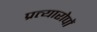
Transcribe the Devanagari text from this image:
प्रत्यारोपों